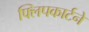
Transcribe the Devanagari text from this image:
फ्लिपकार्टने